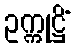
ဥက္ကုဋ္ဌိံ